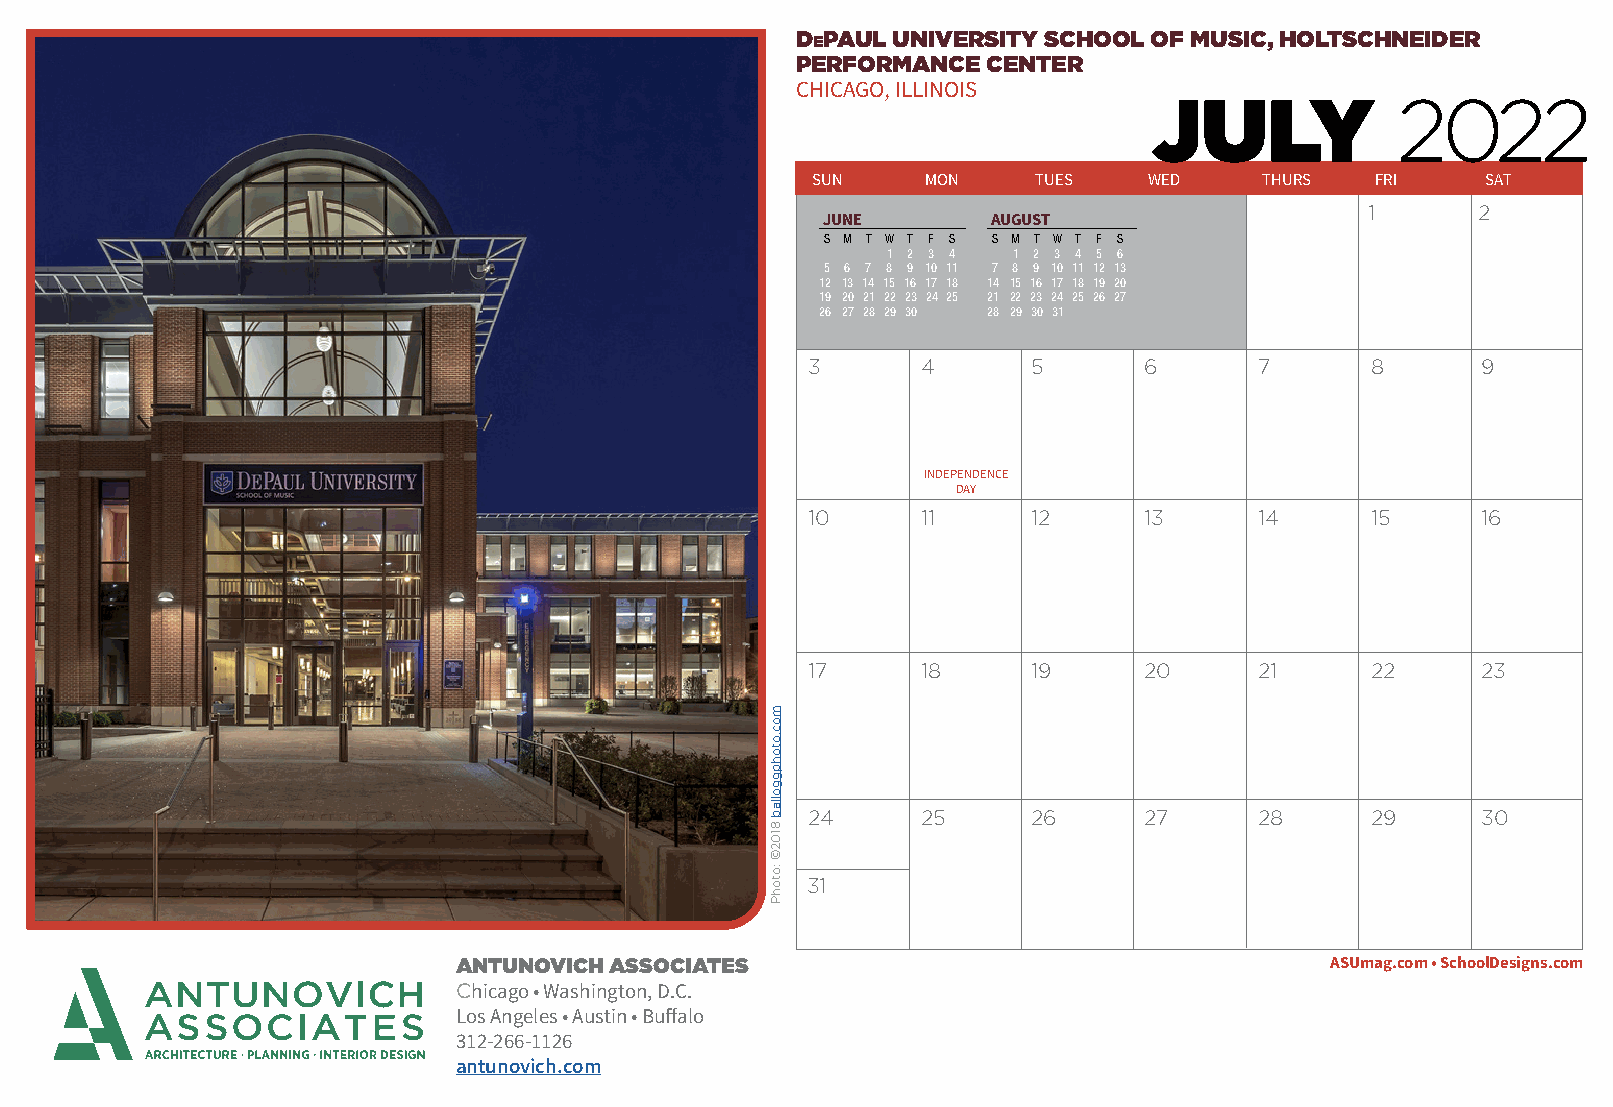
DePAUL UNIVERSITY SCHOOL OF MUSIC, HOLTSCHNEIDER
 PERFORMANCE CENTER
 CHICAGO, ILLINOIS
 2022
 JULY
 SUN    MON     TUES   WED     THURS  FRI    SAT
 1      2
 JUNE        AUGUST
 S M T W T F S S M T W T F S
 1 2 3 4 1 2 3 4 5 6
 5 6 7 8 9 10 11 7 8 9 10 11 12 13
 12 13 14 15 16 17 18 14 15 16 17 18 19 20
 19 20 21 22 23 24 25 21 22 23 24 25 26 27
 26 27 28 29 30 28 29 30 31
 3       4      5       6      7       8      9
 INDEPENDENCE
 DAY
 10      11     12      13     14      15     16
 17      18     19      20     21      22     23
 24      25     26      27     28      29     30
 31
 ANTUNOVICH ASSOCIATES                                     ASUmag.com • SchoolDesigns.com
 Chicago • Washington, D.C.
 Los Angeles • Austin • Buffalo
 312-266-1126
 antunovich.com
 moc.otohpggollab
 8102©
 :otohP